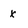
Character: x